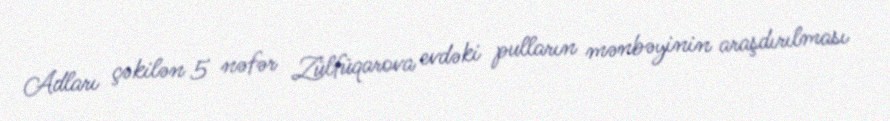
Adları çəkilən 5 nəfər Zülfüqarova evdəki pulların mənbəyinin araşdırılması